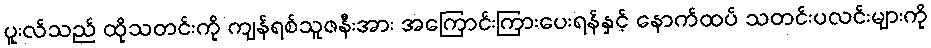
ပူးလ်သည် ထိုသတင်းကို ကျန်ရစ်သူဇနီးအား အကြောင်းကြားပေးရန်နှင့် နောက်ထပ် သတင်းပလင်းများကို